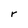
Character: r